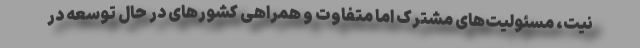
نیت، مسئولیت‌های مشترک اما متفاوت و همراهی کشورهای در حال توسعه در